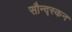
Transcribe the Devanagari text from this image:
सौन्द्स्कन